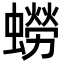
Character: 蟧